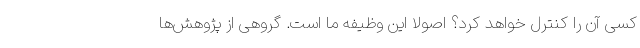
کسی آن را کنترل خواهد کرد؟ اصولا این وظیفه ما است. گروهی از پژوهش‌ها